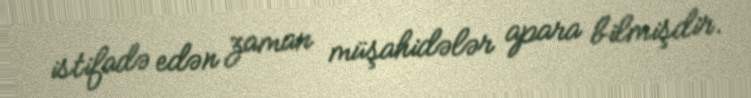
istifadə edən zaman müşahidələr apara bilmişdir.